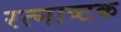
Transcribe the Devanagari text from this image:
रत्नाष्टक